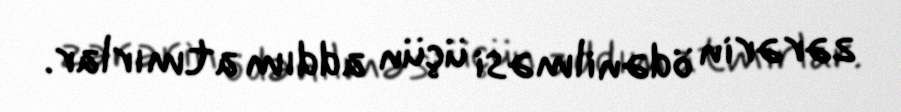
zərərin ödənilməsi üçün addım atmırlar.